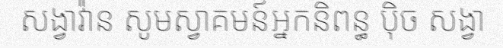
សង្វាវ៉ាន សូមស្វាគមន៍អ្នកនិពន្ធ ប៉ិច សង្វា